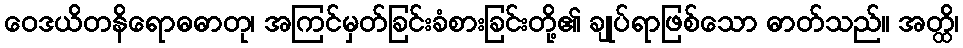
ဝေဒယိတနိရောဓဓာတု၊ အကြင်မှတ်ခြင်းခံစားခြင်းတို့၏ ချုပ်ရာဖြစ်သော ဓာတ်သည်။ အတ္ထိ၊